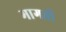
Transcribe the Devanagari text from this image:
मागती